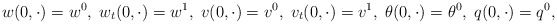
\begin{align*}w(0, \cdot) = w^{0}, \; w_{t}(0, \cdot) = w^{1}, \;v(0, \cdot) = v^{0}, \; v_{t}(0, \cdot) = v^{1}, \;\theta(0, \cdot) = \theta^{0}, \; q(0, \cdot) = q^{0},\end{align*}